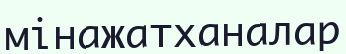
мінажатханалар